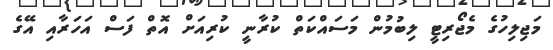
މަޖިލިހުގެ މެޖޯރިޓީ ލިބުމުން މަސައްކަތް ކުރާނީ ކުރިއަށް އޮތް ފަސް އަހަރާއި އޭގެ